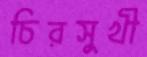
চিরসুখী